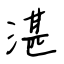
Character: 湛